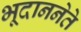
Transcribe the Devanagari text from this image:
भूदाननेते